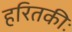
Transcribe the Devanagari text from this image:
हरितकीः